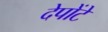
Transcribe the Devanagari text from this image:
देपोंटे